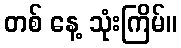
တစ် နေ့ သုံးကြိမ်။